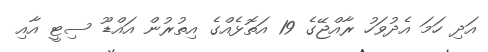
އަދި ހަމަ އެދުވަހު ރާއްޖޭގެ 19 އަތޮޅެއްގެ އިތުރުން އައްޑޫ ސިޓީ އާއި